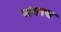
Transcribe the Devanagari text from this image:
संघस्थ